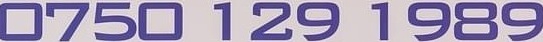
0750 129 1989